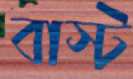
বাস্ট